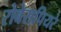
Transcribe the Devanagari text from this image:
रोबेसपियरे